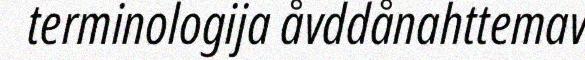
terminologija åvddånahttemav